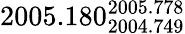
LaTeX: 2005.180_{2004.749}^{2005.778}